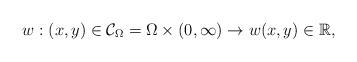
LaTeX: \begin{align*}w:(x,y)\in\mathcal{C}_{\Omega}=\Omega\times(0,\infty)\rightarrow w(x,y)\in{\mathbb{R}},\end{align*}